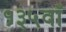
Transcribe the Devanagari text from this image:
१३५वाँ